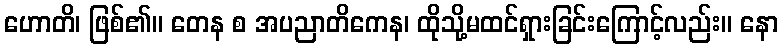
ဟောတိ၊ ဖြစ်၏။ တေန စ အပညာတိကေန၊ ထိုသို့မထင်ရှားခြင်းကြောင့်လည်း။ နော